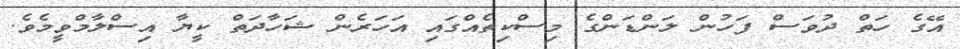
އޭގެ ހަތް ދުވަސް ފަހުން ލަންޑަންގެ މިސްކިތެއްގައި އަހަރެން ޝަހާދަތް ކީޔާ އިސްލާމްވީމެވެ.